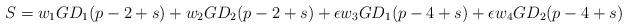
LaTeX: \begin{align*} S=w_1GD_1(p-2+s)+w_2GD_2(p-2+s)+\epsilon w_3GD_1(p-4+s)+\epsilon w_4GD_2(p-4+s) \end{align*}